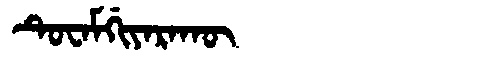
Manchu: ᡨᡠᠸᠠᠮᡤᡳᠶᠠᡵᠠᡴᡡ
Romanization: TUWAMGIYARAKŪ